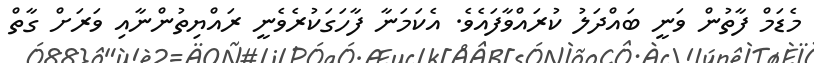
މެޑަމް ފާތުން ވަނީ ބައްދަލު ކުރައްވާފައެވެ. އެކަމަނާ ފާހަގަކުރެވެނީ ރައްޔިތުންނާއި ވަރަށް ގާތް